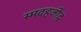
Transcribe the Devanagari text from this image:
स्मदहजीद्ध